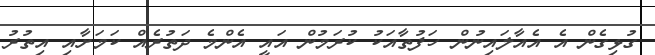
ގުޅިގެން އެ އެއާލައިނުން ހަފުތާއަކު ކުރަމުން އައީ އެންމެ ދަތުރެއް ކަމަށާއި އިތުރު